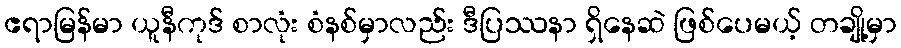
ဧရာမြန်မာ ယူနီကုဒ် စာလုံး စံနစ်မှာလည်း ဒီပြဿနာ ရှိနေဆဲ ဖြစ်ပေမယ့် တချို့မှာ